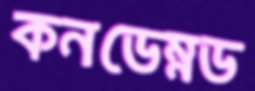
কনডেম্নড